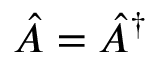
{ \hat { A } } = { \hat { A } } ^ { \dagger }